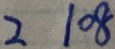
2 1 0 8